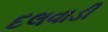
દલવાડી